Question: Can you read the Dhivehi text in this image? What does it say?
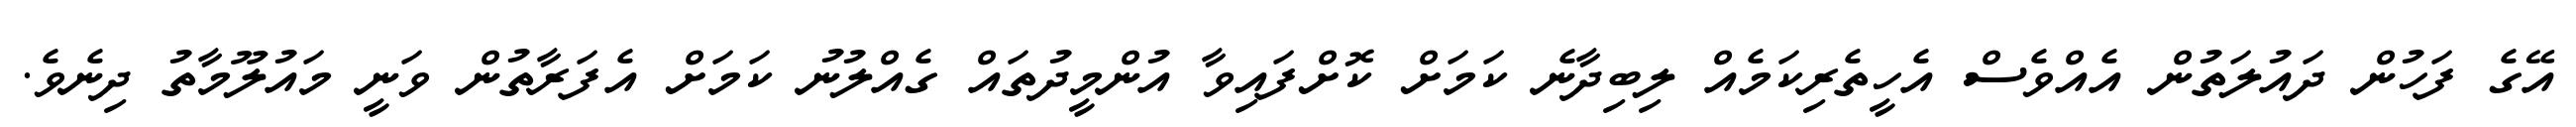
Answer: އޭގެ ފަހުން ދައުލަތުން އެއްވެސް އެހީތެރިކަމެއް ލިބިދާނެ ކަމަށް ކޮށްފައިވާ އުންމީދުތައް ގެއްލުނު ކަމަށް އެފަރާތުން ވަނީ މައުލޫމާތު ދިނެވެ.